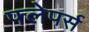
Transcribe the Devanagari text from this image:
फ्लेपर्स